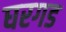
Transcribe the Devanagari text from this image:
घरगड